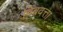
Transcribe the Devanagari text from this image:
बिंबवत्ता